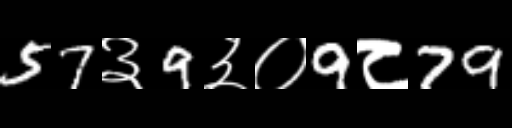
Text: 57३9३०9८79